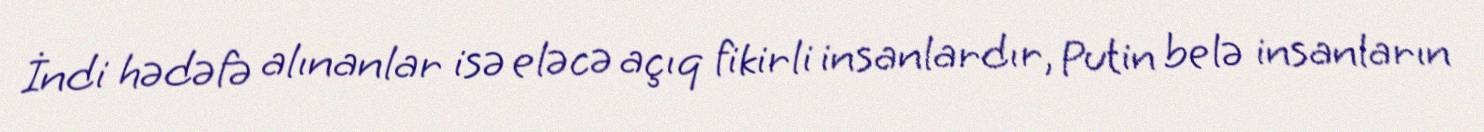
İndi hədəfə alınanlar isə eləcə açıq fikirli insanlardır, Putin belə insanların